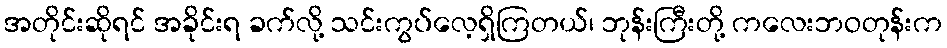
အတိုင်းဆိုရင် အခိုင်းရ ခက်လို့ သင်းကွပ်လေ့ရှိကြတယ်၊ ဘုန်းကြီးတို့ ကလေးဘဝတုန်းက